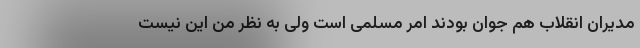
مدیران انقلاب هم جوان بودند امر مسلّمی است ولی به نظر من این نیست